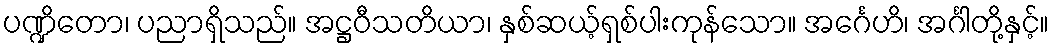
ပဏ္ဍိတော၊ ပညာရှိသည်။ အဋ္ဌဝီသတိယာ၊ နှစ်ဆယ့်ရှစ်ပါးကုန်သော။ အင်္ဂေဟိ၊ အင်္ဂါတို့နှင့်။